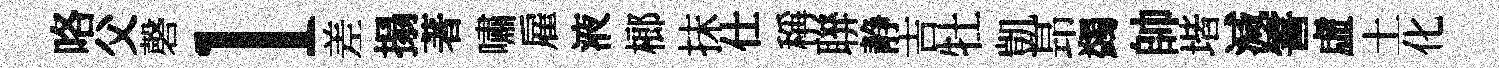
咯父磬l差搨著嘯雇液榔抹仕稱聨静吉牡凱昻蠲帥堦減霅虛土化